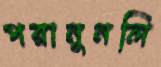
পরানুনলি